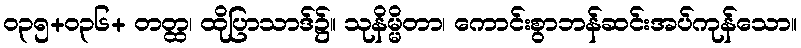
၀၃၅+၀၃၆+ တတ္ထ၊ ထိုပြာသာဒ်၌။ သုနိမ္မိတာ၊ ကောင်းစွာဘန်ဆင်းအပ်ကုန်သော။